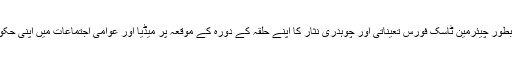
چوہدری تنویر کا ایوان بالا کا ٹکٹ ،راجہ قمرالاسلام کی بطور چیئرمین ٹاسک فورس تعیناتی اور چوہدری نثار کا اپنے حلقہ کے دورہ کے موقعہ پر میڈیا اور عوامی اجتماعات میں اپنی حکومت پر تنقید حالا ت کا رخ تبدیل ہوتا محسوس ہو رہا ہے۔